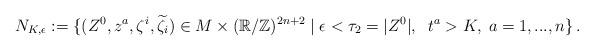
LaTeX: \begin{align*} N_{K,\epsilon}:=\{ (Z^0,z^a,\zeta^i,\widetilde{\zeta}_i)\in M\times (\mathbb{R}/\mathbb{Z})^{2n+2} \; | \; \epsilon<\tau_2=|Z^0|,\;\; t^a>K, \; a=1,...,n\}\,.\end{align*}